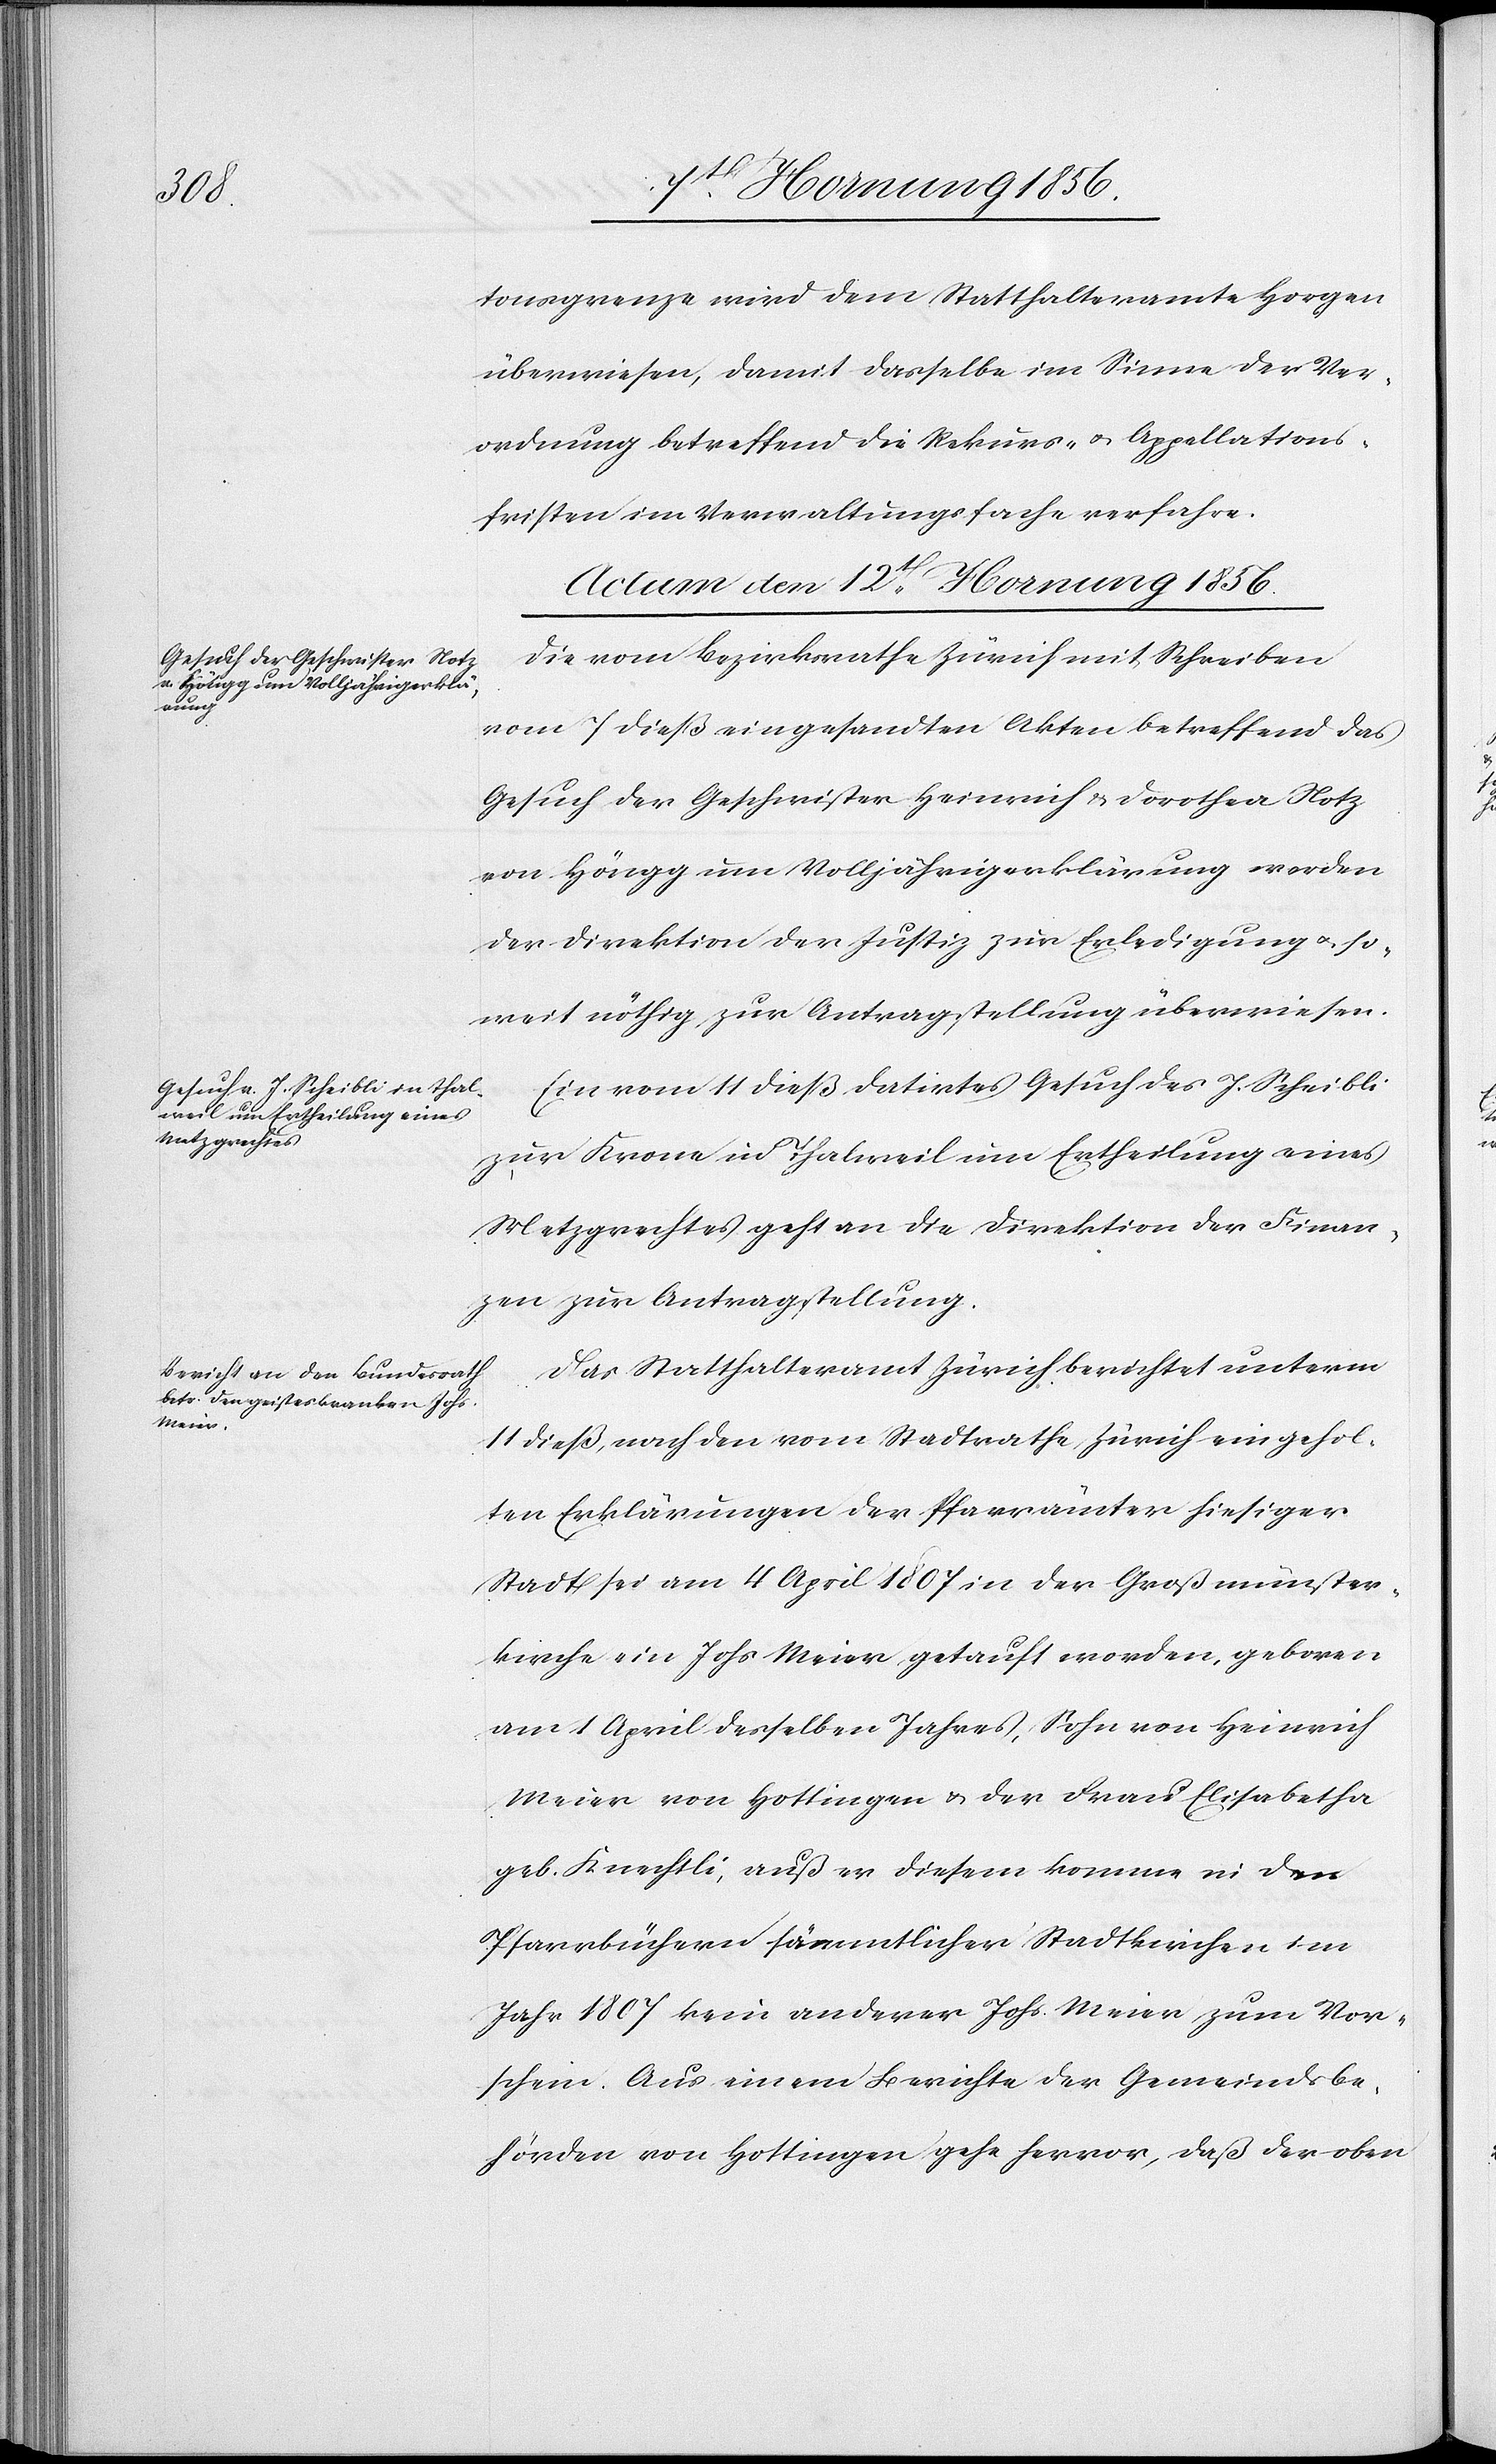
tonsgrenze wird dem Statthalteramte Horgen
überwiesen, damit dasselbe im Sinne der Ver¬
ordnung betreffend die Rekurs- u. Appellations¬
fristen im Verwaltungsfache verfahre.
Actum den 12t Hornung 1856.]
Die vom Bezirksrathe Zürich mit Schreiben
vom 7 dieß eingesandten Akten betreffend das
Gesuch der Geschwister Heinrich & Dorothea Notz
von Höngg um Volljährigerklärung werden
der Direktion der Justiz zur Erledigung u. so¬
weit nöthig zur Antragstellung überwiesen.
Ein vom 11 dieß datirtes Gesuch des J. Scheibli
zur Krone in Thalweil um Ertheilung eines
Metzgrechtes geht an die Direktion der Finan¬
zen zur Antragstellung.
Das Statthalteramt Zürich berichtet unterm
11 dieß, nach den vom Stadtrathe Zürich eingehol¬
ten Erklärungen der Pfarrämter hiesiger
Stadt sei am 4 April 1807 in der Großmünster¬
kirche ein Johs Meier getauft worden, geboren
am 1 April desselben Jahres, Sohn von Heinrich
Meier von Hottingen u. der Frau Elisabetha
geb. Knechtli, außer diesem komme in den
Pfarrbüchern sämmtlicher Stadtkirchen im
Jahr 1807 kein anderer Johs. Meier zum Vor¬
schein. Aus einem Berichte der Gemeindsbe¬
hörden von Hottingen gehe hervor, daß der oben